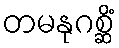
တမနုဂစ္ဆိံ